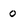
Character: 0